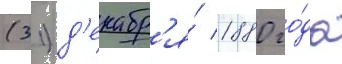
(31) д'екабр'я́ 1880 го́да